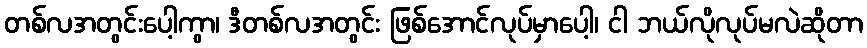
တစ်လအတွင်းပေါ့ကွာ၊ ဒီတစ်လအတွင်း ဖြစ်အောင်လုပ်မှာပေါ့၊ ငါ ဘယ်လိုလုပ်မလဲဆိုတာ